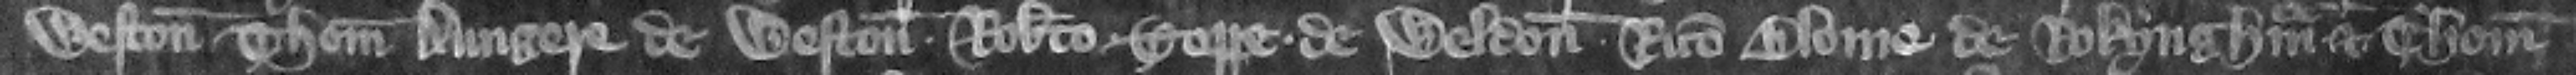
Weston Thoma Aungere de Weston Roberto Toppe de Weldon Ricardo Blome de Rokyngham et Thoma